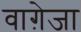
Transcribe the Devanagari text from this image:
वाग़ेजा